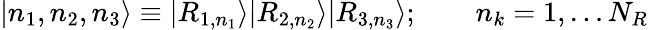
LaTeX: |n_{1},n_{2},n_{3}\rangle\equiv|R_{1,n_{1}}\rangle|R_{2,n_{2}}\rangle|R_{3,n_{3}}\rangle;\qquad n_{k}=1,\ldots N_{R}